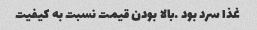
غذا سرد بود …بالا بودن قیمت نسبت به کیفیت